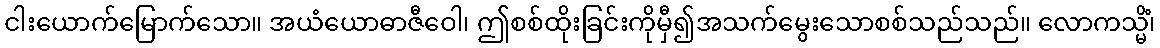
ငါးယောက်မြောက်သော။ အယံယောဓာဇီဝေါ၊ ဤစစ်ထိုးခြင်းကိုမှီ၍အသက်မွေးသောစစ်သည်သည်။ လောကသ္မိံ၊